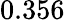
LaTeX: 0.356^{}